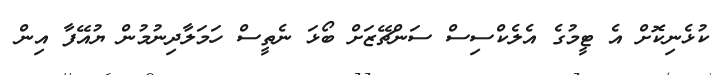
ކުޅެނިކޮށް އެ ޓީމުގެ އެލެކްސިސް ސަންޗޭޒަށް ބޯޅަ ނެތީސް ހަމަލާދިނުމުން ޔުއޭފާ އިން